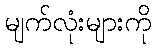
မျက်လုံးများကို